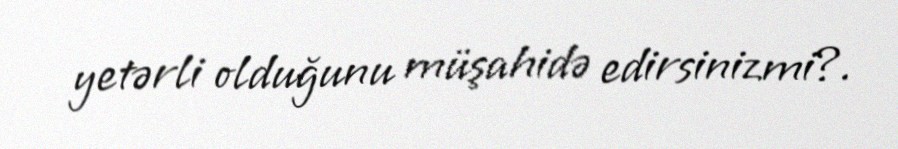
yetərli olduğunu müşahidə edirsinizmi?.